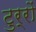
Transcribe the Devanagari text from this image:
टुर्रों